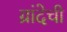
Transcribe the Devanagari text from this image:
ग्रांदेची